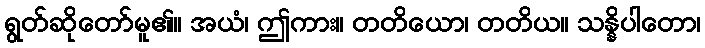
ရွတ်ဆိုတော်မူ၏။ အယံ၊ ဤကား။ တတိယော၊ တတိယ။ သန္နိပါတော၊